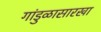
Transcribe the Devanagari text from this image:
गांडुळासारखा